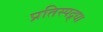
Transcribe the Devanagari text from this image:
प्रतिस्पद्र्धा